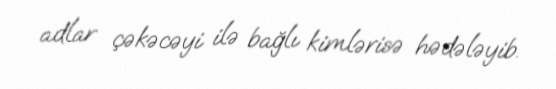
adlar çəkəcəyi ilə bağlı kimlərisə hədələyib.